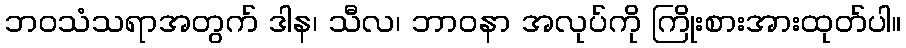
ဘဝသံသရာအတွက် ဒါန၊ သီလ၊ ဘာဝနာ အလုပ်ကို ကြိုးစားအားထုတ်ပါ။